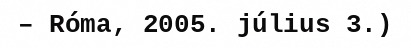
– Róma, 2005. július 3.)